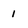
Character: 1